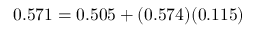
0 . 5 7 1 = 0 . 5 0 5 + ( 0 . 5 7 4 ) ( 0 . 1 1 5 )